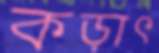
কড়াৎ